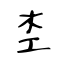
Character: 杢